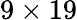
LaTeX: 9\times 19